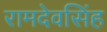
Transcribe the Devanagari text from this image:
रामदेवसिंह